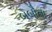
બબૌતા